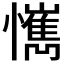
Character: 𢤮